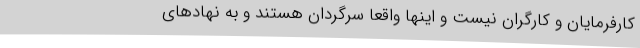
کارفرمایان و کارگران نیست و اینها واقعا سرگردان هستند و به نهادهای